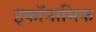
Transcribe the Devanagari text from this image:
इकॉनामिक